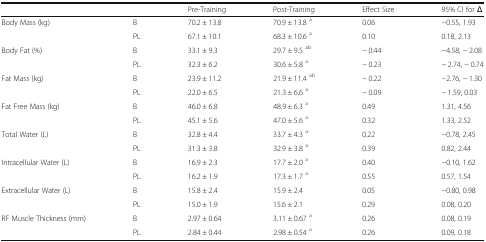
| <COLSPAN=2>  | Pre-Training | Post-Training | Effect Size | 95% CI for Δ |
 | --- | --- | --- | --- | --- | --- |
 | <ROWSPAN=2> Body Mass (kg) | B | 70.2 ± 13.8 | 70.9 ± 13.8 a | 0.06 | −0.55, 1.93 |
 | PL | 67.1 ± 10.1 | 68.3 ± 10.6 a | 0.10 | 0.18, 2.13 |
 | <ROWSPAN=2> Body Fat (%) | B | 33.1 ± 9.3 | 29.7 ± 9.5 ab | − 0.44 | −4.58, − 2.08 |
 | PL | 32.3 ± 6.2 | 30.6 ± 5.8 a | − 0.23 | − 2.74, − 0.74 |
 | <ROWSPAN=2> Fat Mass (kg) | B | 23.9 ± 11.2 | 21.9 ± 11.4 ab | − 0.22 | −2.76, − 1.30 |
 | PL | 22.0 ± 6.5 | 21.3 ± 6.6 a | − 0.09 | − 1.59, 0.03 |
 | <ROWSPAN=2> Fat Free Mass (kg) | B | 46.0 ± 6.8 | 48.9 ± 6.3 a | 0.49 | 1.31, 4.56 |
 | PL | 45.1 ± 5.6 | 47.0 ± 5.6 a | 0.32 | 1.33, 2.52 |
 | <ROWSPAN=2> Total Water (L) | B | 32.8 ± 4.4 | 33.7 ± 4.3 a | 0.22 | −0.78, 2.45 |
 | PL | 31.3 ± 3.8 | 32.9 ± 3.8 a | 0.39 | 0.82, 2.44 |
 | <ROWSPAN=2> Intracellular Water (L) | B | 16.9 ± 2.3 | 17.7 ± 2.0 a | 0.40 | −0.10, 1.62 |
 | PL | 16.2 ± 1.9 | 17.3 ± 1.7 a | 0.55 | 0.57, 1.54 |
 | <ROWSPAN=2> Extracellular Water (L) | B | 15.8 ± 2.4 | 15.9 ± 2.4 | 0.05 | −0.80, 0.98 |
 | PL | 15.0 ± 1.9 | 15.6 ± 2.1 | 0.29 | 0.08, 0.20 |
 | <ROWSPAN=2> RF Muscle Thickness (mm) | B | 2.97 ± 0.64 | 3.11 ± 0.67 a | 0.26 | 0.08, 0.19 |
 | PL | 2.84 ± 0.44 | 2.98 ± 0.54 a | 0.26 | 0.09, 0.18 |